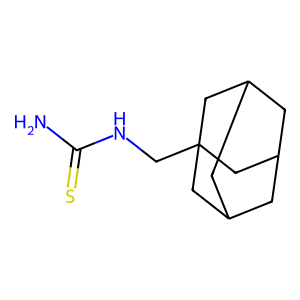
SMILES: NC(=S)NCC12CC3CC(CC(C3)C1)C2
Inhibits HIV replication: No